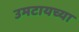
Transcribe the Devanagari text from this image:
उमटायच्या